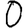
Digit: 0